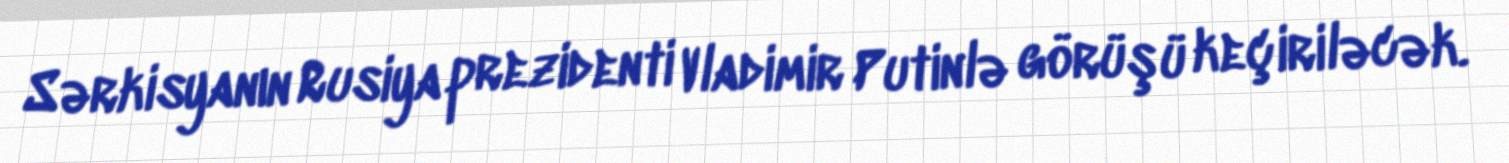
Sərkisyanın Rusiya prezidenti Vladimir Putinlə görüşü keçiriləcək.